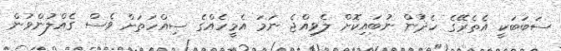
ސަބަބަކީ އެތެރޭގެ ހެދުން ނުބައިކޮށް ލެވިއްޖެ ނަމަ އެމީހެއްގެ ސިއްހަތަށް ވެސް ގެއްލުންވުން